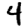
Digit: 4